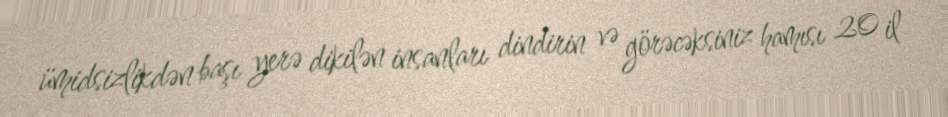
ümidsizlikdən başı yerə dikilən insanları dindirin və görəcəksiniz hamısı 20 il